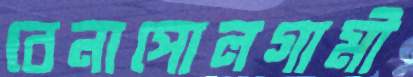
বেনাপোলগামী